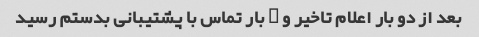
بعد از دو بار اعلام تاخیر و ۲ بار تماس با پشتیبانی بدستم رسید